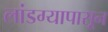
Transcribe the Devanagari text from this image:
लांडग्यापासून